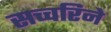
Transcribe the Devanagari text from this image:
सच्चरिने